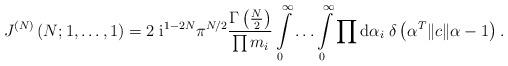
LaTeX: \begin{align*}J^{(N)}\left(N; 1, \ldots , 1 \right)= 2\; \mbox{i}^{1-2N} \pi^{N/2}\frac{\Gamma\left( {\textstyle{N\over2}} \right)} {\prod m_i}\int\limits_0^{\infty} \ldots \int\limits_0^{\infty}\prod\mbox{d}\alpha_i\; \delta\left( \alpha^T \|c\| \alpha-1 \right) .\end{align*}